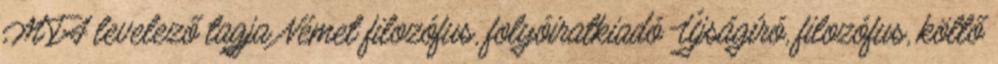
MTA levelező tagja Német filozófus, folyóiratkiadó Újságíró, filozófus, költő